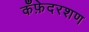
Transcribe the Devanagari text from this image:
कँफ़ेदरशण